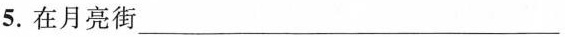
5.在月亮街___